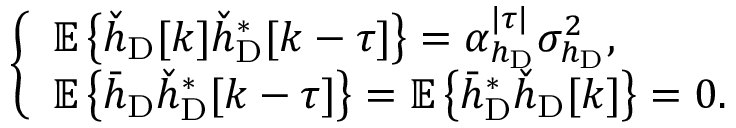
\left\{ \begin{array} { l l } { \mathbb { E } \left\{ \check { h } _ { \mathrm { D } } [ k ] \check { h } _ { \mathrm { D } } ^ { * } [ k - \tau ] \right\} = \alpha _ { h _ { \mathrm { D } } } ^ { | \tau | } \sigma _ { h _ { \mathrm { D } } } ^ { 2 } , } \\ { \mathbb { E } \left\{ \bar { h } _ { \mathrm { D } } \check { h } _ { \mathrm { D } } ^ { * } [ k - \tau ] \right\} = \mathbb { E } \left\{ \bar { h } _ { \mathrm { D } } ^ { * } \check { h } _ { \mathrm { D } } [ k ] \right\} = 0 . } \end{array} \right.